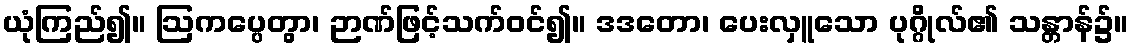
ယုံကြည်၍။ ဩကပ္ပေတွာ၊ ဉာဏ်ဖြင့်သက်ဝင်၍။ ဒဒတော၊ ပေးလှူသော ပုဂ္ဂိုလ်၏ သန္တာန်၌။